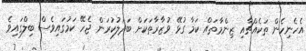
އެހެނިހެން ތަކެއްޗާއި ޒިންމާތައް ކަމާ ގުޅޭ ވުޒާރާތަކަށް ބަދަލުކުރަން ޖެހޭ ކަމުގައިވެސް ބިލްގައިވެ